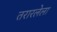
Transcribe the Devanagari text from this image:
तरारलेला